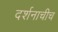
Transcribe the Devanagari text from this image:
दर्शनाचीच